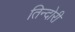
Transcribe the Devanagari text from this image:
तिन्दोरी